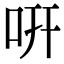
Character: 咞